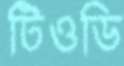
টিওডি